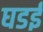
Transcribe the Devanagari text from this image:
घडई